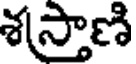
శస్తాణి